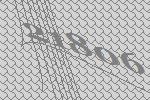
21806